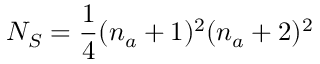
N _ { S } = \frac { 1 } { 4 } ( n _ { a } + 1 ) ^ { 2 } ( n _ { a } + 2 ) ^ { 2 }